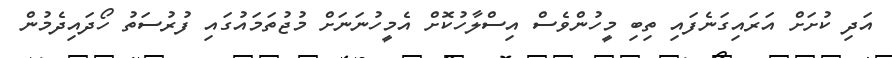
އަދި ކުށަށް އަރައިގަނެފައި ތިބި މީހުންވެސް އިސްލާހުކޮށް އެމީހުނަނަށް މުޖުތަމައުގައި ފުރުސަތު ހޯދައިދެމުން